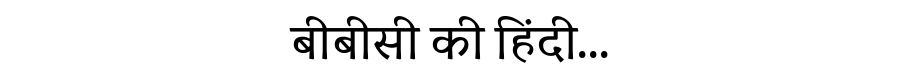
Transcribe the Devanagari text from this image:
बीबीसी की हिंदी...